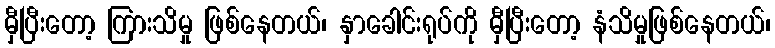
မှီပြီးတော့ ကြားသိမှု ဖြစ်နေတယ်၊ နှာခေါင်းရုပ်ကို မှီပြီးတော့ နံသိမှုဖြစ်နေတယ်၊